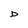
Character: D